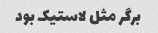
برگر مثل لاستیک بود